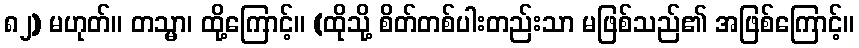
၈၂) မဟုတ်။ တသ္မာ၊ ထို့ကြောင့်။ (ထိုသို့ စိတ်တစ်ပါးတည်းသာ မဖြစ်သည်၏ အဖြစ်ကြောင့်။